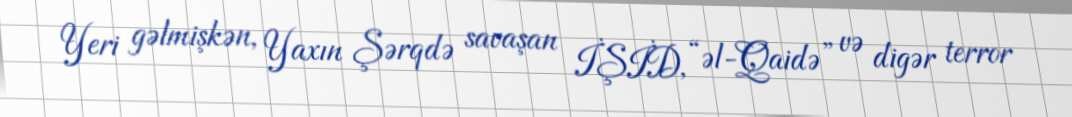
Yeri gəlmişkən, Yaxın Şərqdə savaşan İŞİD, “əl-Qaidə” və digər terror